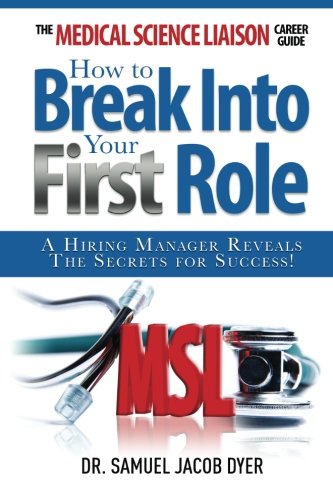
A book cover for The Medical Science Liaison Career Guide: How to Break Into Your First Role; Dr. Samuel Jacob Dyer; Medical Books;